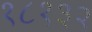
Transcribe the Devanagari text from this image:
१८१३२